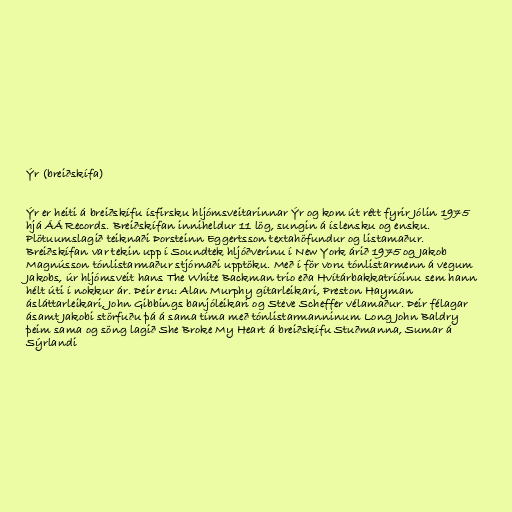
Ýr (breiðskífa)

Ýr er heiti á breiðskífu ísfirsku hljómsveitarinnar Ýr og kom út rétt fyrir Jólin 1975
hjá ÁÁ Records. Breiðskífan inniheldur 11 lög, sungin á íslensku og ensku.
Plötuumslagið teiknaði Þorsteinn Eggertsson textahöfundur og listamaður.
Breiðskífan var tekin upp í Soundtek hljóðverinu í New York árið 1975 og Jakob
Magnússon tónlistarmaður stjórnaði upptöku. Með í för voru tónlistarmenn á vegum
Jakobs, úr hljómsveit hans The White Backman trio eða Hvítárbakkatríóinu sem hann
hélt úti í nokkur ár. Þeir eru: Alan Murphy gítarleikari, Preston Hayman
ásláttarleikari, John Gibbings banjóleikari og Steve Scheffer vélamaður. Þeir félagar
ásamt Jakobi störfuðu þá á sama tíma með tónlistarmanninum Long John Baldry
þeim sama og söng lagið She Broke My Heart á breiðskífu Stuðmanna, Sumar á
Sýrlandi